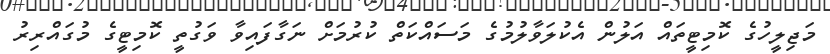
މަޖިލީހުގެ ކޮމިޓީތައް އަލުން އެކުލަވާލުމުގެ މަސައްކަތް ކުރުމަށް ނަގާފައިވާ ވަގުތީ ކޮމިޓީގެ މުގައްރިރު